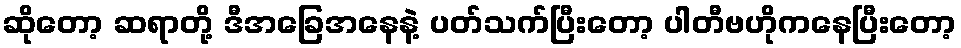
ဆိုတော့ ဆရာတို့ ဒီအခြေအနေနဲ့ ပတ်သက်ပြီးတော့ ပါတီဗဟိုကနေပြီးတော့